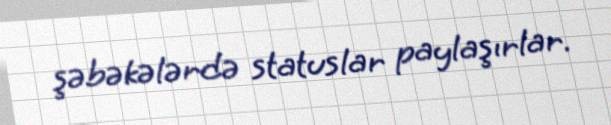
şəbəkələrdə statuslar paylaşırlar.